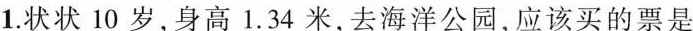
1.状状10岁，身高1.34米，去海洋公园，应该买的票是